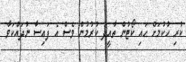
ކުރި ހުކުމަށް ހައި ކޯޓުން ތާއީދު ކުރުމުން ވެސް އެ ފައިސާ ނުދައްކަވާ